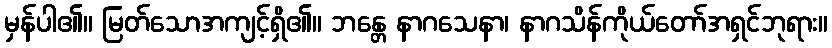
မှန်ပါ၏။ မြတ်သောအကျင့်ရှိ၏။ ဘန္တေ နာဂသေနာ၊ နာဂသိန်ကိုယ်တော်အရှင်ဘုရား။